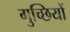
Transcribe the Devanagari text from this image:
गुच्छियों